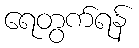
ရေတွက်ရန်